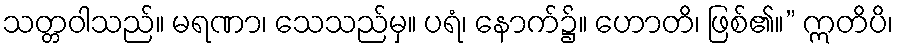
သတ္တဝါသည်။ မရဏာ၊ သေသည်မှ။ ပရံ၊ နောက်၌။ ဟောတိ၊ ဖြစ်၏။” ဣတိပိ၊